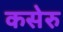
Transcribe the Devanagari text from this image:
कसेरु